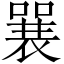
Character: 𱔞